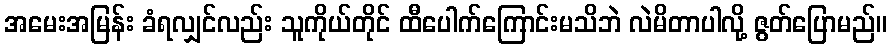
အမေးအမြန်း ခံရလျှင်လည်း သူကိုယ်တိုင် ထီပေါက်ကြောင်းမသိဘဲ လဲမိတာပါလို့ ဇွတ်ပြောမည်။